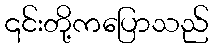
၎င်းတို့ကပြောသည်